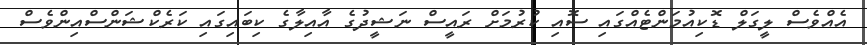
އެއްވެސް ލީގަލް ޑޮކިއުމަންޓެއްގައި ސޮއި ކުރުމަށް ރައީސް ނަޝީދުގެ އާއިލާގެ ކިބައިގައި ކަރެކްޝަންސްއިންވެސް